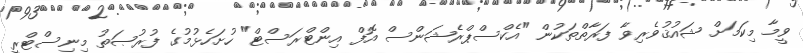
ވީމާ މިކަމަށް ޝައުޤުވެރިވާ ފަރާތްތަކުން "އެކްސްޕްރެޝަންސް އޮފް އިންޓްރަސްޓް" ހުށަހެޅުމުގެ ފުރުޞަތު މިނިސްޓްރީ